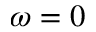
\omega = 0